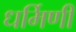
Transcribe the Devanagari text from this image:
धर्मिणी